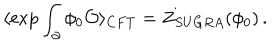
\langle \exp \int _ { \partial } \phi _ { 0 } { \cal O } \rangle _ { C F T } = Z _ { S U G R A } ( \phi _ { 0 } ) \, .